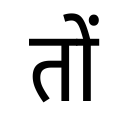
OCR:
तों